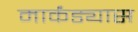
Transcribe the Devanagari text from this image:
मार्कंड्यास